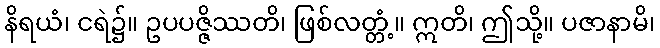
နိရယံ၊ ငရဲ၌။ ဥပပဇ္ဇိဿတိ၊ ဖြစ်လတ္တံ့။ ဣတိ၊ ဤသို့။ ပဇာနာမိ၊